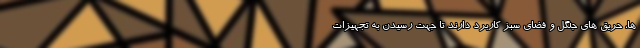
ها، حریق های جنگل و فضای سبز کاربرد دارند تا جهت رسیدن به تجهیزات